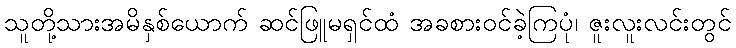
သူတို့သားအမိနှစ်ယောက် ဆင်ဖြူမရှင်ထံ အခစားဝင်ခဲ့ကြပုံ၊ ဇူးလူးလင်းတွင်